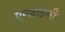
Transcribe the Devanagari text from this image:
एन्जाइमी